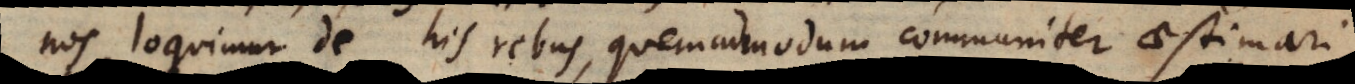
nos loquimur de his rebus, quemadmodum communiter aestimari